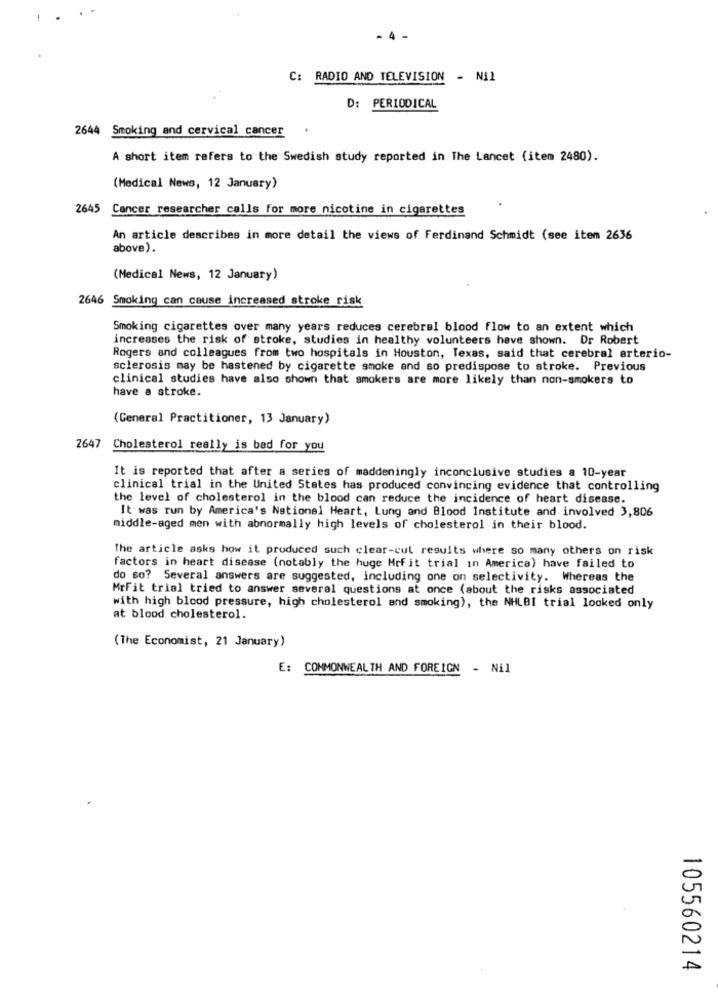
- 4
C: RADIO AND TELEVISION - Nil
D: PERIODICAL
2644 Smoking and cervical cancer
A short item refers to the Swedish study reported in The Lancet (item 2480).
(Medical News, 12 January)
2645 Cancer researcher calls for more nicotine in cigarettes
An article describes in more detail the views of Ferdinand Schmidt (see item 2636
above).
(Medical News, 12 January)
2646 Smoking can cause increased stroke risk
Smoking cigarettes over many years reduces cerebral blood flow to an extent which
increases the risk of stroke, studies in healthy volunteers have shown. Dr Robert
Rogers and colleagues from two hospitals in Houston, Texas, said that cerebral arterio-
sclerosis may be hastened by cigarette smoke and so predispose to stroke. Previous
clinical studies have also shown that smokers are more likely than non-smokers to
have a stroke.
(General Practitioner, 13 January)
2647 Cholesterol really is bad for you
It is reported that after a series of maddeningly inconclusive studies a 10-year
clinical trial in the United States has produced convincing evidence that controlling
the level of cholesterol in the blood can reduce the incidence of heart disease.
It was run by America's National Heart, Lung and Blood Institute and involved 3,806
middle-aged men with abnormally high levels of cholesterol in their blood.
The article asks how it produced such clear-cut results where so many others on risk
factors in heart disease (notably the huge Mrfit trial in America) have failed to
do so? Several answers are suggested, including one on selectivity. Whereas the
MrFit trial tried to answer several questions at once (about the risks associated
with high blood pressure, high cholesterol and smoking), the NHLBI trial looked only
at blood cholesterol.
(The Economist, 21 January)
E: COMMONWEALTH AND FOREIGN - Nil
105560214